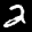
Label: 2